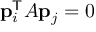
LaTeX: \mathbf { p } _ { i } ^ { \mathsf { T } } A \mathbf { p } _ { j } = 0